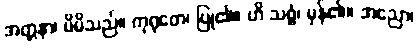
အတ္တနာ၊ မိမိသည်။ ကုရုတေ၊ ပြု၏။ ဟိ သစ္စံ၊ မှန်၏။ အညော၊